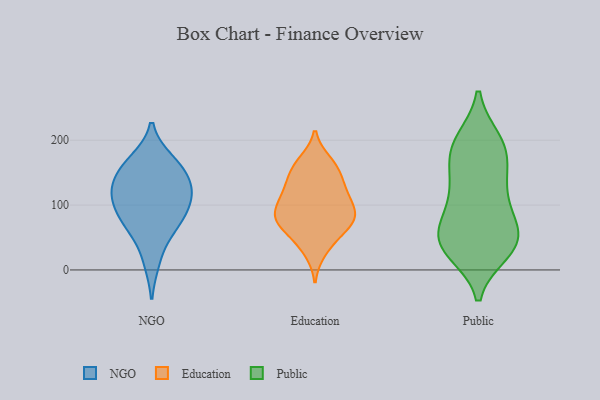
{"axis": {"x": "Revenue (USD Million)", "y": "Value"}, "legend": ["Education", "NGO", "Public"], "data": [{"x": "", "y": 124, "type": "NGO"}, {"x": "", "y": 104, "type": "NGO"}, {"x": "", "y": 100, "type": "NGO"}, {"x": "", "y": 169, "type": "NGO"}, {"x": "", "y": 75, "type": "NGO"}, {"x": "", "y": 154, "type": "NGO"}, {"x": "", "y": 13, "type": "NGO"}, {"x": "", "y": 109, "type": "NGO"}, {"x": "", "y": 71, "type": "NGO"}, {"x": "", "y": 60, "type": "NGO"}, {"x": "", "y": 166, "type": "NGO"}, {"x": "", "y": 132, "type": "NGO"}, {"x": "", "y": 136, "type": "NGO"}, {"x": "", "y": 154, "type": "Education"}, {"x": "", "y": 79, "type": "Education"}, {"x": "", "y": 162, "type": "Education"}, {"x": "", "y": 88, "type": "Education"}, {"x": "", "y": 114, "type": "Education"}, {"x": "", "y": 120, "type": "Education"}, {"x": "", "y": 70, "type": "Education"}, {"x": "", "y": 45, "type": "Education"}, {"x": "", "y": 109, "type": "Education"}, {"x": "", "y": 28, "type": "Education"}, {"x": "", "y": 125, "type": "Education"}, {"x": "", "y": 61, "type": "Education"}, {"x": "", "y": 167, "type": "Education"}, {"x": "", "y": 80, "type": "Education"}, {"x": "", "y": 143, "type": "Education"}, {"x": "", "y": 82, "type": "Education"}, {"x": "", "y": 86, "type": "Education"}, {"x": "", "y": 138, "type": "Public"}, {"x": "", "y": 200, "type": "Public"}, {"x": "", "y": 40, "type": "Public"}, {"x": "", "y": 42, "type": "Public"}, {"x": "", "y": 61, "type": "Public"}, {"x": "", "y": 82, "type": "Public"}, {"x": "", "y": 58, "type": "Public"}, {"x": "", "y": 187, "type": "Public"}, {"x": "", "y": 196, "type": "Public"}, {"x": "", "y": 159, "type": "Public"}, {"x": "", "y": 88, "type": "Public"}, {"x": "", "y": 34, "type": "Public"}, {"x": "", "y": 113, "type": "Public"}, {"x": "", "y": 165, "type": "Public"}, {"x": "", "y": 40, "type": "Public"}, {"x": "", "y": 28, "type": "Public"}, {"x": "", "y": 37, "type": "Public"}, {"x": "", "y": 120, "type": "Public"}, {"x": "", "y": 196, "type": "Public"}]}